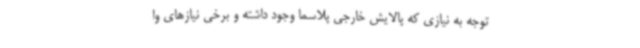
توجه به نیازی که پالایش خارجی پلاسما وجود داشته و برخی نیازهای وا